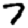
Digit: 7